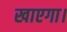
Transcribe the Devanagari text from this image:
खाएगा।